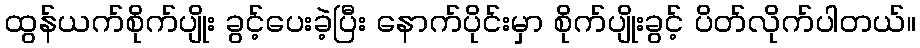
ထွန်ယက်စိုက်ပျိုး ခွင့်ပေးခဲ့ပြီး နောက်ပိုင်းမှာ စိုက်ပျိုးခွင့် ပိတ်လိုက်ပါတယ်။